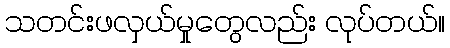
သတင်းဖလှယ်မှုတွေလည်း လုပ်တယ်။